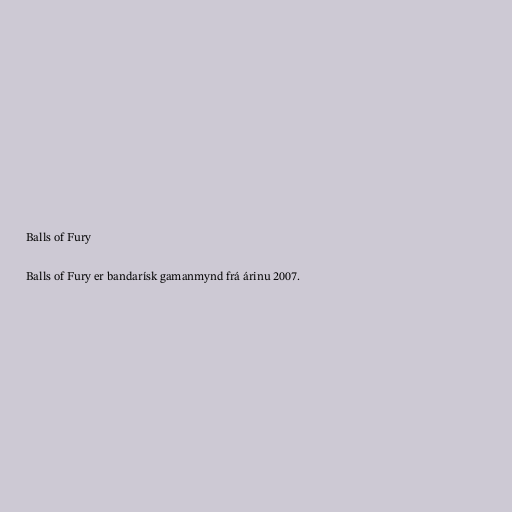
Balls of Fury

Balls of Fury er bandarísk gamanmynd frá árinu 2007.